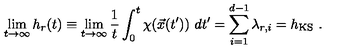
\lim _ { t \rightarrow \infty } h _ { r } ( t ) \equiv \lim _ { t \rightarrow \infty } { \frac { 1 } { t } } \int _ { 0 } ^ { t } \chi ( \vec { x } ( t ^ { \prime } ) ) \ d t ^ { \prime } = \sum _ { i = 1 } ^ { d - 1 } \lambda _ { r , i } = h _ { \mathrm { K S } } \ .